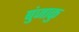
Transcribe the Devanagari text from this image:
बुंजाकु